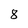
Character: 8